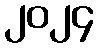
၂၀၂၄